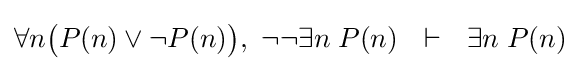
\forall n{\big (}P(n)\lor \neg P(n){\big )},\ \neg \neg \exists n\;P(n)\ \ \vdash \ \ \exists n\;P(n)